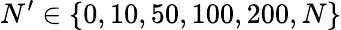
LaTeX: N^{\prime}\in\{ 0,10,50,100,200,N\}